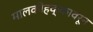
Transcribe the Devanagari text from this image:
मालकीहक्कावरून